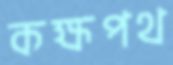
কক্ষপথ